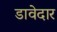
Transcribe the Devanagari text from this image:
डावेदार